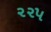
૨૨૫